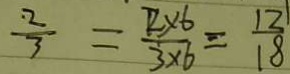
\frac { 2 } { 3 } = \frac { 2 \times 6 } { 3 \times 6 } = \frac { 1 2 } { 1 8 }